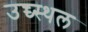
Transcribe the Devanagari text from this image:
उच्च्स्थल